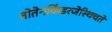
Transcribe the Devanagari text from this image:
तोतेनकिंडरजेस्चिचते